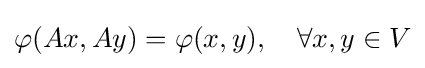
\varphi (Ax,Ay)=\varphi (x,y),\quad \forall x,y\in V